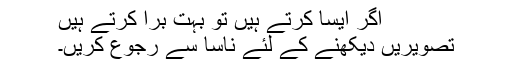
اگر ایسا کرتے ہیں تو بہت برا کرتے ہیں
تصویریں دیکھنے کے لئے ناسا سے رجوع کریں۔